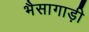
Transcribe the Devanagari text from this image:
भैसागाड़ी